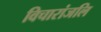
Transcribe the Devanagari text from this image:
विचारांजलि